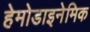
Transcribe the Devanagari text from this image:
हेमोडाइनेमिक